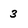
Character: 3